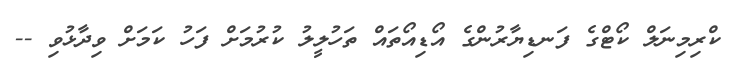
ކްރިމިނަލް ކޯޓްގެ ފަނޑިޔާރުންގެ އޯޑިއޯތައް ތަހުލީލު ކުރުމަށް ފަހު ކަމަށް ވިދާޅުވި --